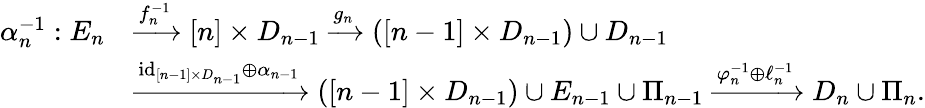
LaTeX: \begin{array}{rl}{\alpha_{n}^{-1}:E_{n}}&{\xrightarrow{f_{n}^{-1}}[n]\times D_{n-1}\xrightarrow[]{g_{n}}([n-1]\times D_{n-1})\cup D_{n-1}}\\ &{\xrightarrow{\mathrm{id}_{[n-1]\times D_{n-1}}\oplus\alpha_{n-1}}([n-1]\times D_{n-1})\cup E_{n-1}\cup\Pi_{n-1}\xrightarrow{\varphi_{n}^{-1}\oplus\ell_{n}^{-1}}D_{n}\cup\Pi_{n}.}\end{array}